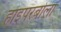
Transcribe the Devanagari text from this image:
हाइपरबोला